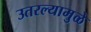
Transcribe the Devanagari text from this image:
उतरल्यामुळे